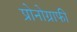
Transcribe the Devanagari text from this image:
प्रोनोग्राफी